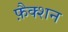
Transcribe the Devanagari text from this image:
फ़ैक्शन